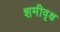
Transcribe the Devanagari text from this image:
शमीवृक्ष